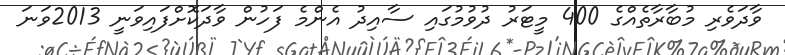
ވާދަވެރި މުބާރާތެއްގެ 400 މީޓަރު ދުވުމުގައި ސާއިދު އެންމެ ފަހުން ވާދަކޮށްފައިވަނީ 2013ވަނަ